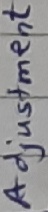
Text: Adjustment